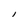
Character: l